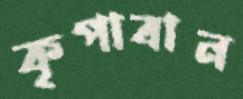
কৃপাবান